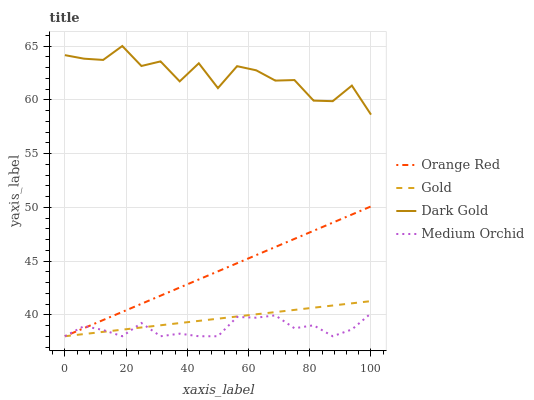
| xaxis_label | Orange Red | Gold | Dark Gold | Medium Orchid |
 | --- | --- | --- | --- | --- |
 | 0 | 38 | 38 | 64.2 | 38 |
 | 6.25 | 38.8 | 38.2 | 63.8 | 38.9 |
 | 12.5 | 39.5 | 38.4 | 63.7 | 38.6 |
 | 18.8 | 40.3 | 38.6 | 65 | 38 |
 | 25 | 41 | 38.8 | 63.1 | 39.2 |
 | 31.2 | 41.8 | 39 | 63.6 | 38 |
 | 37.5 | 42.5 | 39.2 | 61.7 | 38.2 |
 | 43.8 | 43.3 | 39.4 | 63.4 | 38 |
 | 50 | 44 | 39.6 | 61.1 | 38 |
 | 56.2 | 44.8 | 39.8 | 63.1 | 39.8 |
 | 62.5 | 45.5 | 40 | 62.7 | 39.7 |
 | 68.8 | 46.3 | 40.2 | 61.8 | 39.9 |
 | 75 | 47.1 | 40.5 | 61.8 | 38.7 |
 | 81.2 | 47.8 | 40.7 | 59.9 | 39 |
 | 87.5 | 48.6 | 40.9 | 59.9 | 38 |
 | 93.8 | 49.3 | 41.1 | 61.3 | 38.6 |
 | 100 | 50.1 | 41.3 | 58.6 | 40.1 |